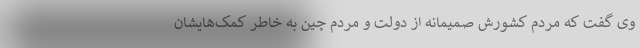
وی گفت که مردم کشورش صمیمانه از دولت و مردم چین به خاطر کمک‌هایشان